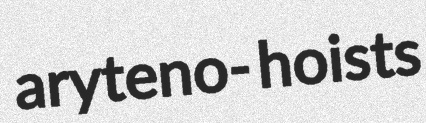
aryteno- hoists